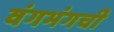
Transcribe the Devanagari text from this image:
वंगभंगची